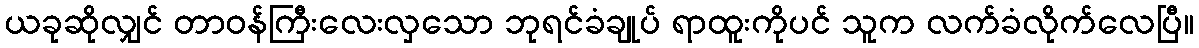
ယခုဆိုလျှင် တာဝန်ကြီးလေးလှသော ဘုရင်ခံချုပ် ရာထူးကိုပင် သူက လက်ခံလိုက်လေပြီ။